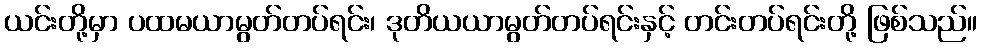
ယင်းတို့မှာ ပထမယာမွတ်တပ်ရင်း၊ ဒုတိယယာမွတ်တပ်ရင်းနှင့် တင်းတပ်ရင်းတို့ ဖြစ်သည်။